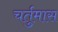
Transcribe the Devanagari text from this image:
चर्तुमास